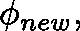
\mathbf { \phi } _ { n e w } ,